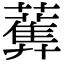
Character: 𧂴